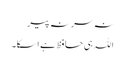
نہ سر نہ پیر
اللہ ہی حافظ ہے اسکا۔